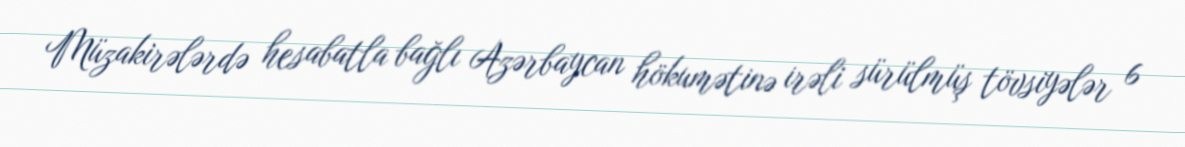
Müzakirələrdə hesabatla bağlı Azərbaycan hökumətinə irəli sürülmüş tövsiyələr 6